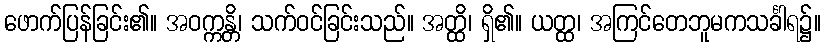
ဖောက်ပြန်ခြင်း၏။ အဝက္ကန္တိ၊ သက်ဝင်ခြင်းသည်။ အတ္ထိ၊ ရှိ၏။ ယတ္ထ၊ အကြင်တေဘူမကသင်္ခါရ၌။